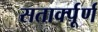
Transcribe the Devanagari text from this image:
सतार्क्पूर्ण